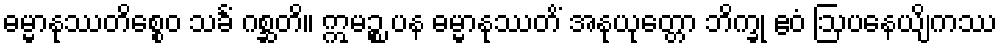
ဓမ္မာနုဿတိစ္စေဝ သင်္ခံ ဂစ္ဆတိ။ ဣမဉ္စ ပန ဓမ္မာနုဿတိံ အနုယုတ္တော ဘိက္ခု ဧဝံ ဩပနေယျိကဿ